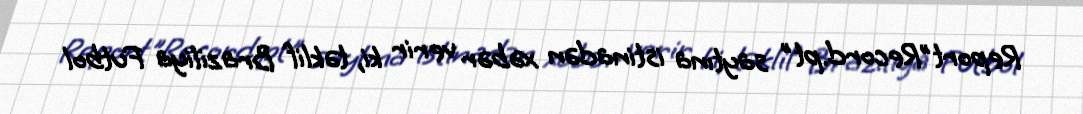
Report"Record.pt" saytına istinadən xəbər verir ki, təklif Braziliya Futbol